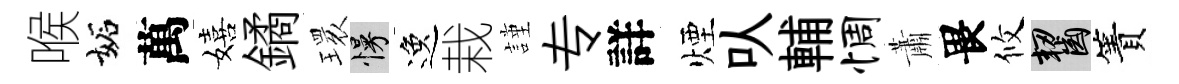
喉妬萬嬉鐍𤨔慢逸栽謹专詳煙㕥輔惆蕭畏攸齧簀